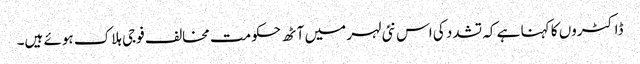
ڈاکٹروں کا کہنا ہے کہ تشدد کی اس نئی لہر میں آٹھ حکومت مخالف فوجی ہلاک ہوئے ہیں۔